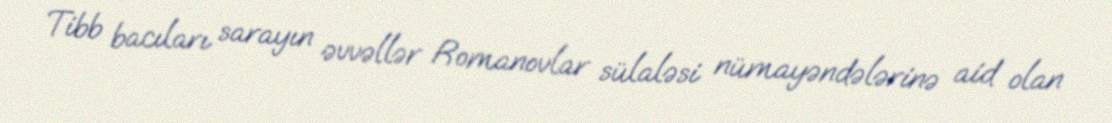
Tibb bacıları sarayın əvvəllər Romanovlar sülaləsi nümayəndələrinə aid olan